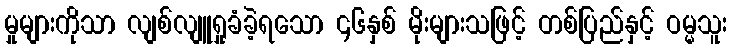
မှုများကိုသာ လျစ်လျူရှုခံခဲ့ရသော ၄၆နှစ် မိုးများသဖြင့် တစ်ပြည်နှင့် ဝမ္မသူး